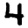
Digit: 4